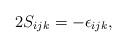
LaTeX: \begin{align*}2 S_{ijk} = - \epsilon _{ijk},\end{align*}